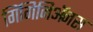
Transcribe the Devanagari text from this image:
गिंगिनिॲनस